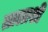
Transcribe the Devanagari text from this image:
तालाशी